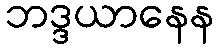
ဘဒ္ဒယာနေန